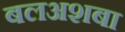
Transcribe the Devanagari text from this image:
बलअशबा